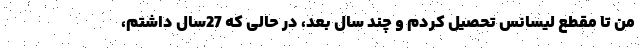
من تا مقطع لیسانس تحصیل کردم و چند سال بعد، در حالی که 27سال داشتم،